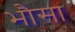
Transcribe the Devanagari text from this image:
भौसा